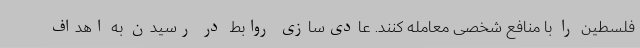
فلسطین را با منافع شخصی معامله کنند. عادی‌سازی روابط در رسیدن به اهداف